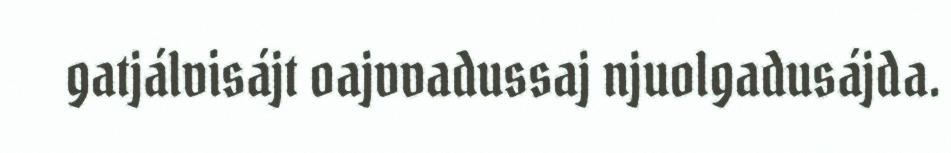
gatjálvisájt oajvvadussaj njuolgadusájda.